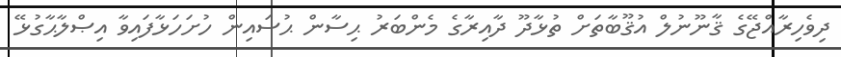
ދިވެހިރާއްޖޭގެ ޤާނޫނުލް އުޤޫބާތަށް ތުޅާދޫ ދާއިރާގެ މެންބަރު ޙިސާން ޙުސައިން ހުށަހަޅާފައިވާ އިޞްލާޙާގުޅޭ